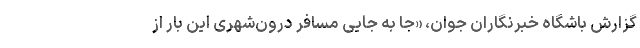
گزارش باشگاه خبرنگاران جوان، «جا به جایی مسافر درون‌شهری این بار از